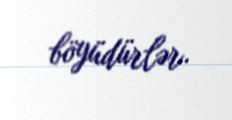
böyüdürlər.